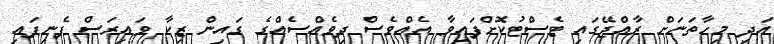
އަދި މިހާތަނަށް ރާއްޖޭގައި ޓެސްޓުކޮށްފައިވާ އެއްވެސް ދިވެއްސެއްގެ ގައިން ޒިކާ ވައިރަސް ފެނިފައި